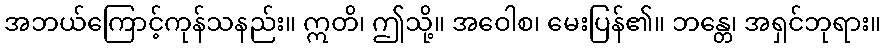
အဘယ်ကြောင့်ကုန်သနည်း။ ဣတိ၊ ဤသို့။ အဝေါစ၊ မေးပြန်၏။ ဘန္တေ၊ အရှင်ဘုရား။